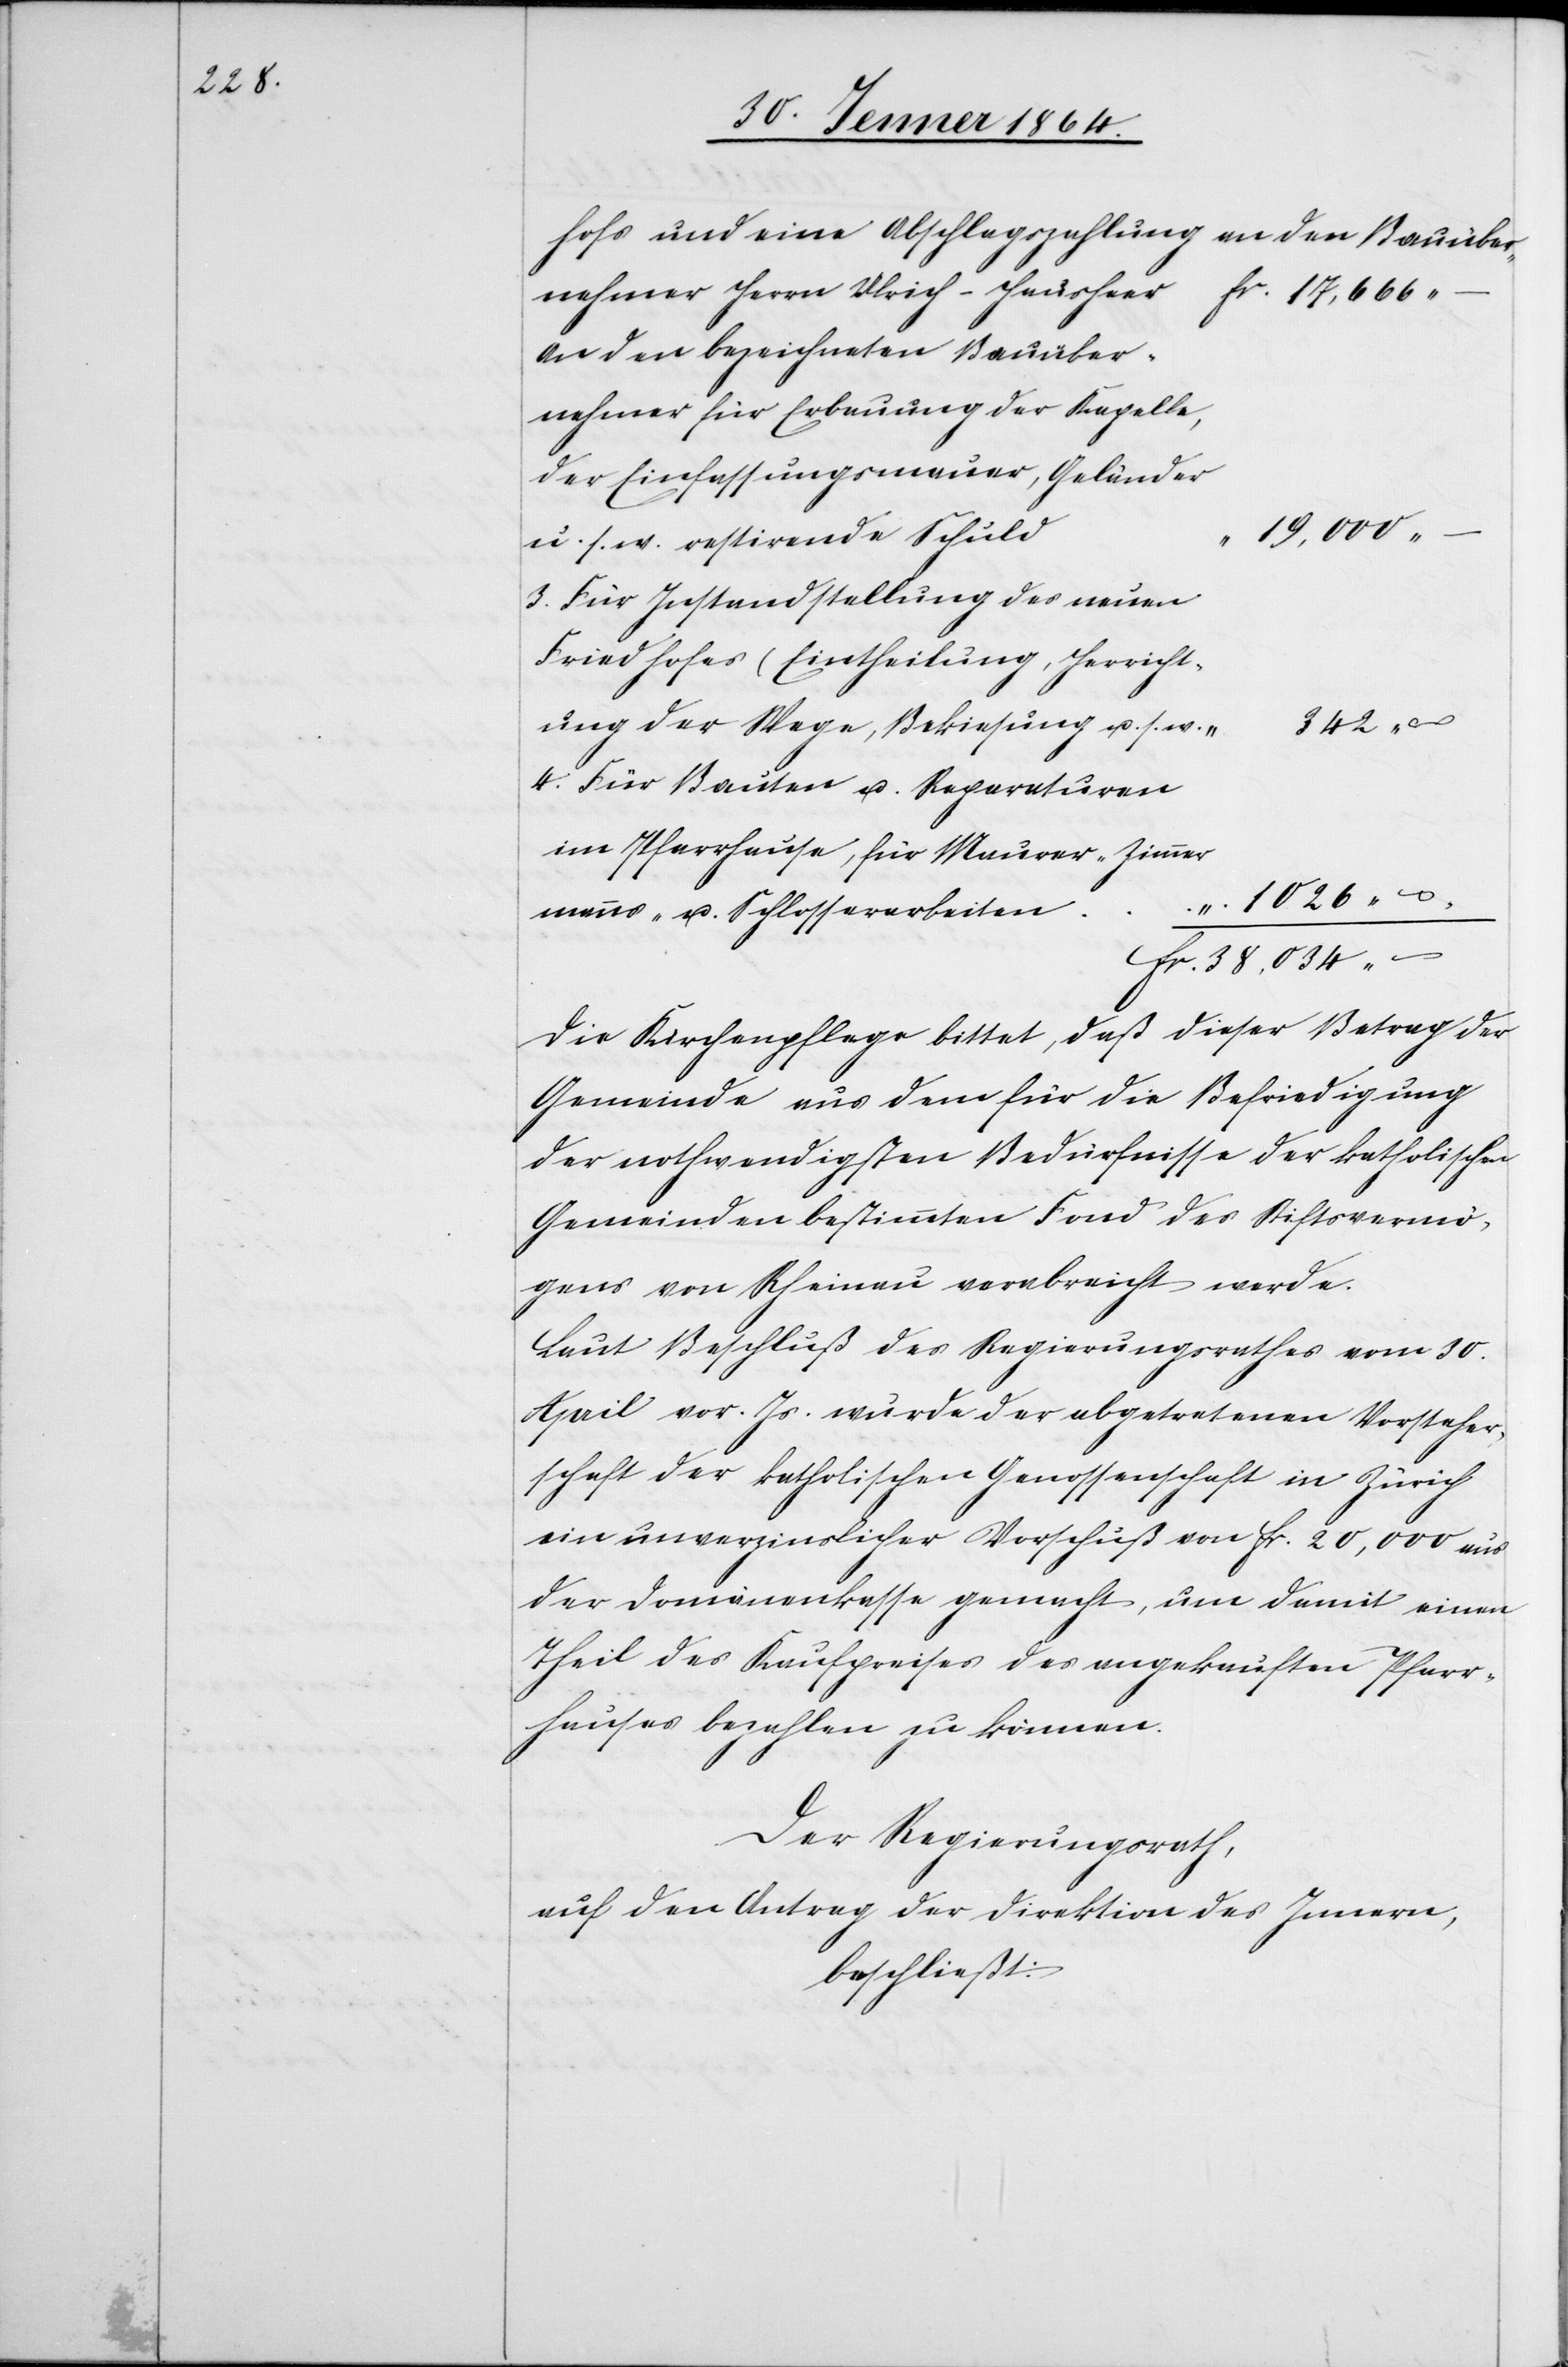
d		“

hofs und eine Abschlagszahlung an den Bauüber¬
nehmer Herrn Ulrich-Hausheer
fr. 17,666
An den bezeichneten Bauüber¬
nehmer für Erbauung der Kapelle,
der Einfassungsmauer, Geländer
19,000
u. s. w. restirende Schul¬
3. Für Instandstellung des neuen
Friedhofes (Eintheilung, Herricht¬
ung der Wege, Bekiesung u. s.
4. Für Bauten u. Reparaturen
im Pfarrhause, für Maurer-[,]
1 026
fr. 38,034
Die Kirchenpflege bittet, daß dieser Betrag der
Gemeinde aus dem für die Befriedigung
der nothwendigsten Bedürfnisse der katholischen
Gemeinden bestimmten Fond des Stiftsvermö¬
gens von Rheinau verabreicht werde.
Laut Beschluß des Regierungsrathes vom 30.
April vor. Js. wurde der abgetretenen Vorsteher¬
schaft der katholischen Genossenschaft in Zürich
ein unverzinslicher Vorschuß von fr. 20,000 aus
der Domänenkasse gemacht, um damit einen
Theil des Kaufpreises des angekauften Pfarr¬
hauses bezahlen zu können.
Der Regierungsrath,
auf den Antrag der Direktion des Innern,
beschließt: